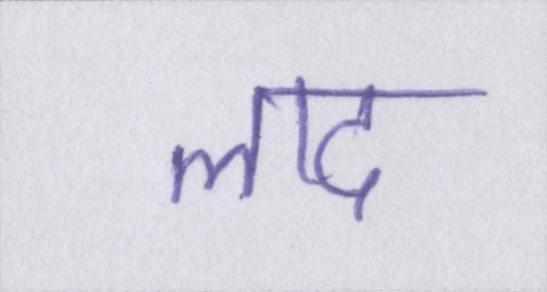
लाद